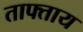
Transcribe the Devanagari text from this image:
ताफ्ताय